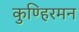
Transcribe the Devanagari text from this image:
कुण्हिरमन